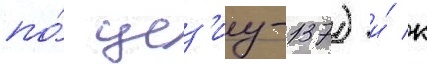
по́ цез'иу-137) и́ к